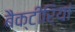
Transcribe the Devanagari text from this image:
बैक्टीरियां